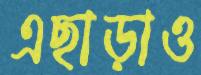
এছাড়াও